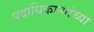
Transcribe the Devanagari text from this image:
पदाधिकार्‍यांच्या